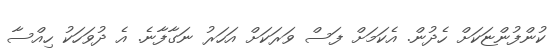
ކުންފުންޏަކަށް ހެދުން. އެކަމަށް ފަސް ވަރަކަށް އަހަރު ނަގާފާނެ. އެ ދުވަހަކު ހިއްސާ